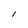
Character: l